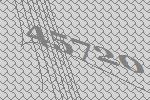
45720